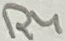
Text: R4